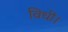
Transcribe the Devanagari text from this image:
विधी।